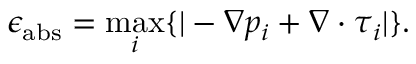
\epsilon _ { \mathrm { a b s } } = \operatorname* { m a x } _ { i } \{ | - \nabla p _ { i } + \nabla \cdot \boldsymbol { \tau } _ { i } | \} .